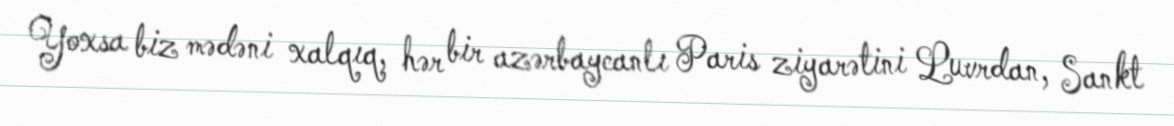
Yoxsa biz mədəni xalqıq, hər bir azərbaycanlı Paris ziyarətini Luvrdan, Sankt